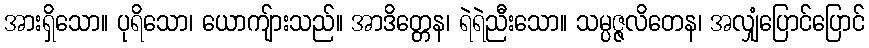
အားရှိသော။ ပုရိသော၊ ယောကျ်ားသည်။ အာဒိတ္တေန၊ ရဲရဲညီးသော။ သမ္ပဇ္ဇလိတေန၊ အလျှံပြောင်ပြောင်